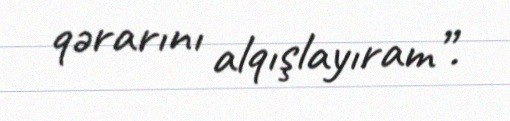
qərarını alqışlayıram”.